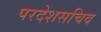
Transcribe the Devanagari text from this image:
परदेशसचिव